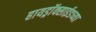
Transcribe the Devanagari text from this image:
हायड्राॅक्साईडच्या